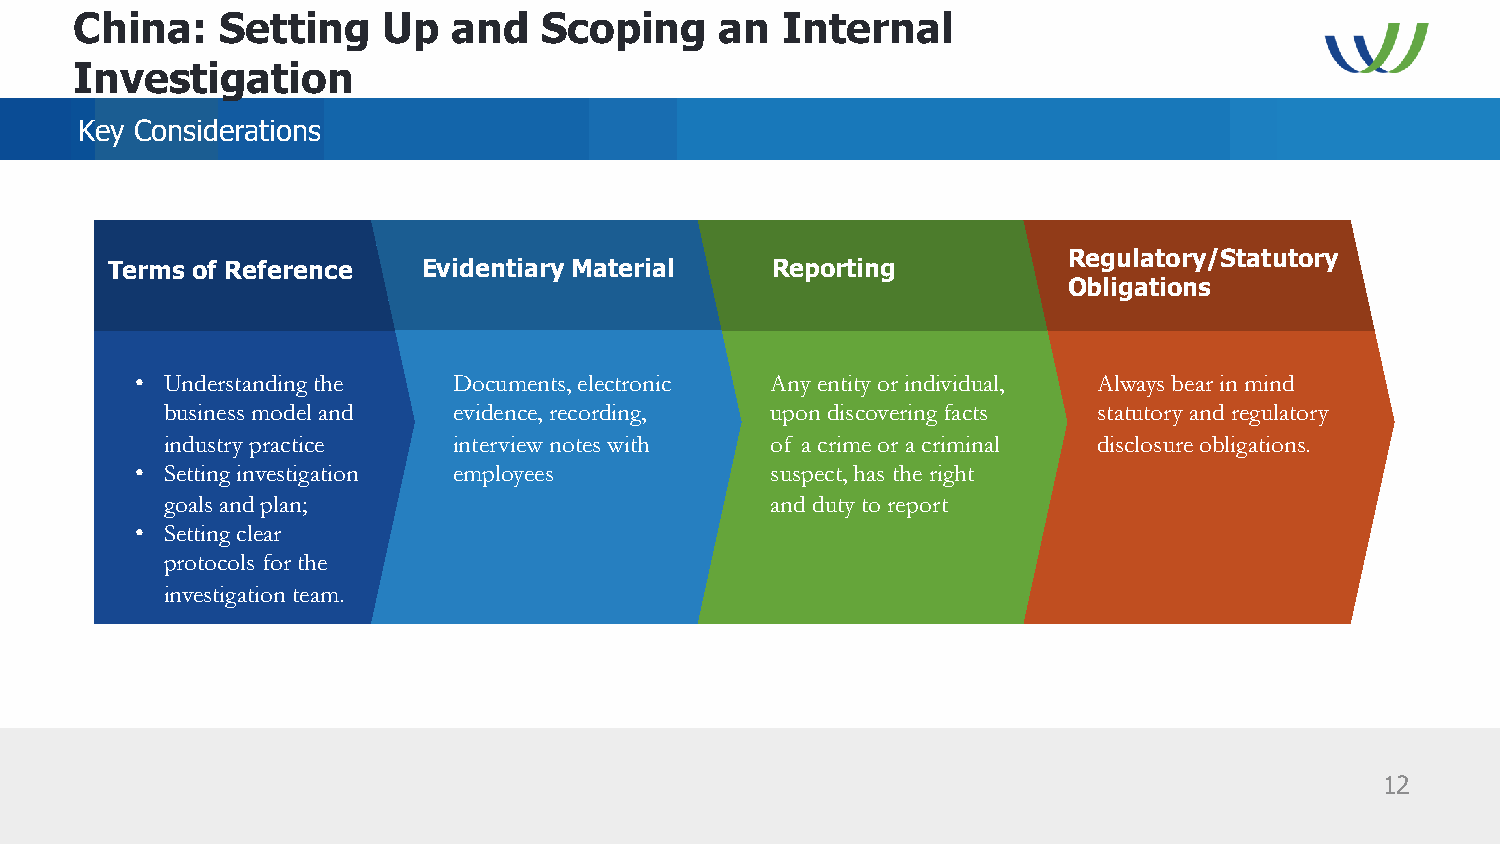
China:    Setting   Up   and   Scoping     an  Internal
 Investigation
 Key Considerations
 Regulatory/Statutory
 Terms of Reference   Evidentiary Material   Reporting
 Obligations
 • Understanding the  Documents, electronic Any entity or individual, Always bear in mind
 business model and evidence, recording, upon discovering facts statutory and regulatory
 industry practice  interview notes with of a crime or a criminal disclosure obligations.
 • Setting investigation employees         suspect, has the right
 goals and plan;                         and duty to report
 • Setting clear
 protocols for the
 investigation team.
 12